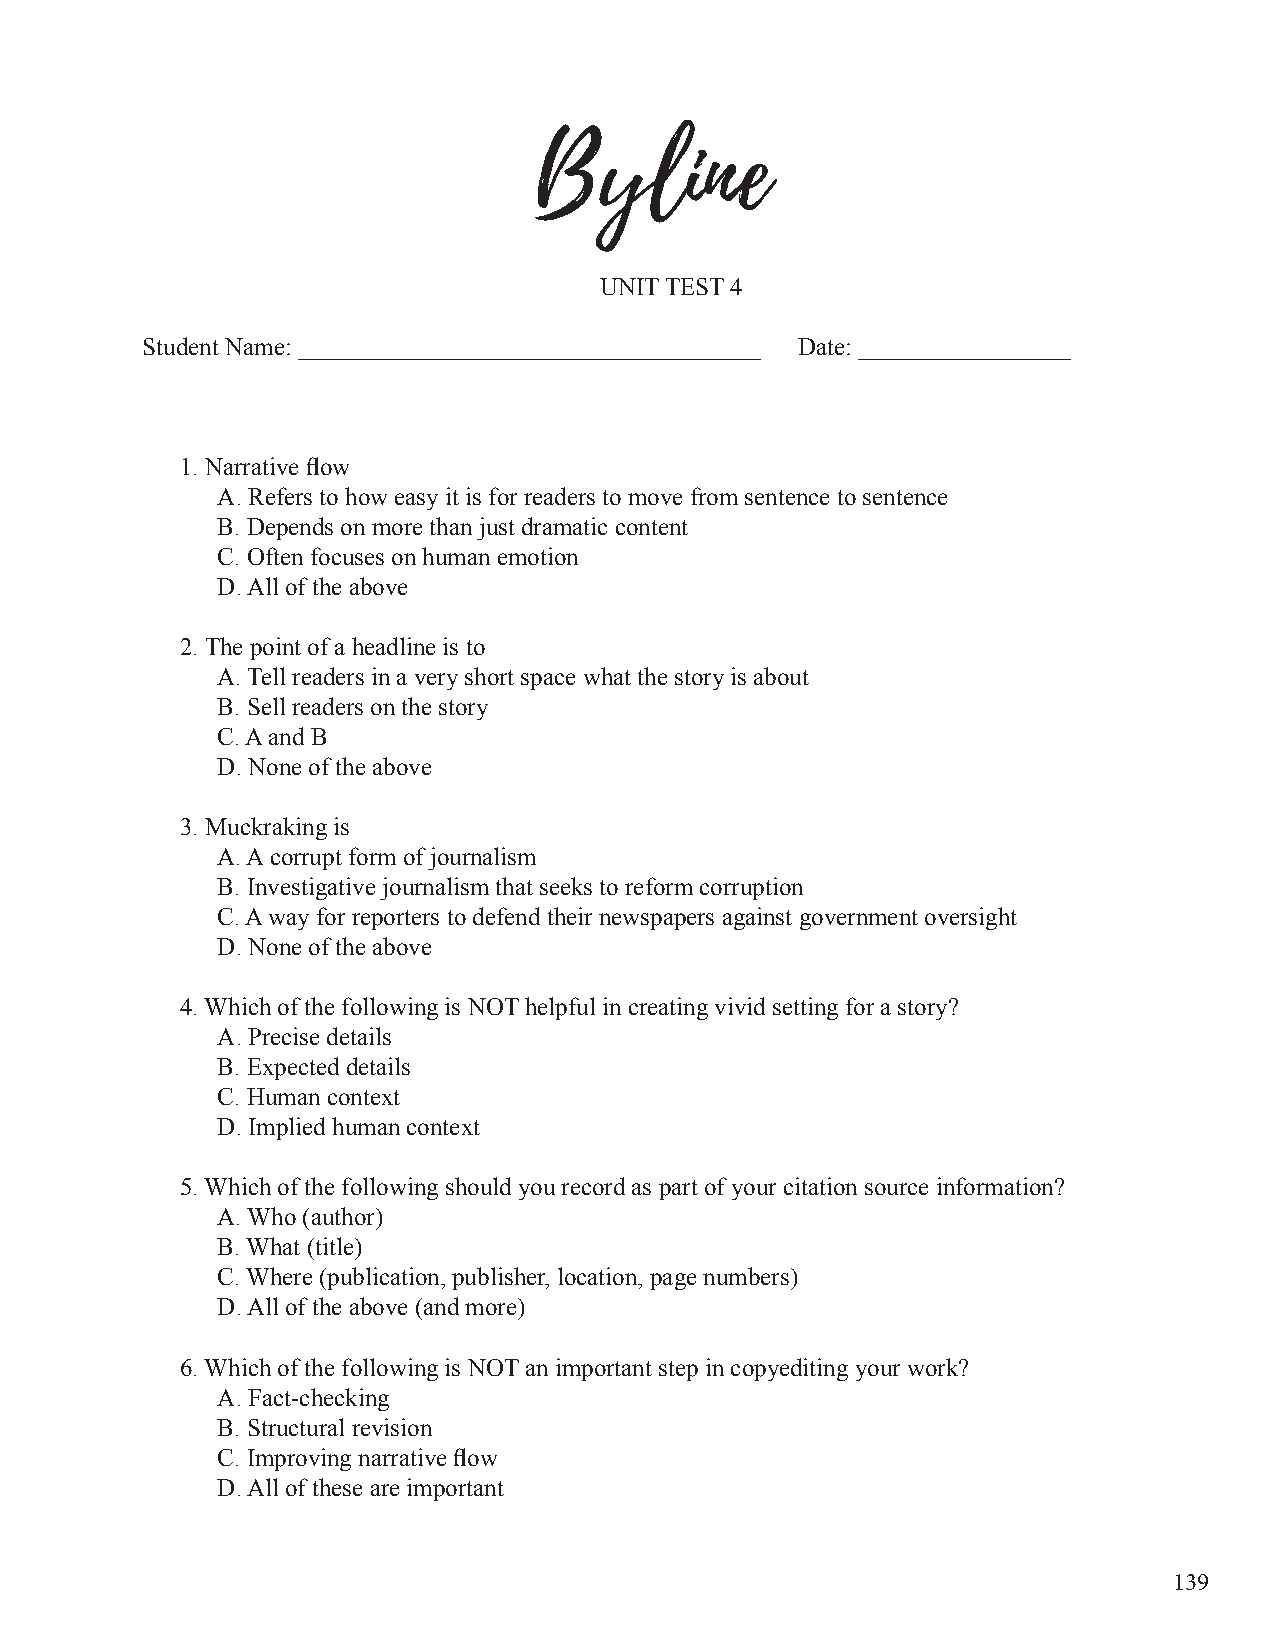
Byline
 UNIT TEST 4
 Student Name: _____________________________________ Date: _________________
 1. Narrative flow
 A. Refers to how easy it is for readers to move from sentence to sentence
 B. Depends on more than just dramatic content
 C. Often focuses on human emotion
 D. All of the above
 2. The point of a headline is to
 A. Tell readers in a very short space what the story is about
 B. Sell readers on the story
 C. A and B
 D. None of the above
 3. Muckraking is
 A. A corrupt form of journalism
 B. Investigative journalism that seeks to reform corruption
 C. A way for reporters to defend their newspapers against government oversight
 D. None of the above
 4. Which of the following is NOT helpful in creating vivid setting for a story?
 A. Precise details
 B. Expected details
 C. Human context
 D. Implied human context
 5. Which of the following should you record as part of your citation source information?
 A. Who (author)
 B. What (title)
 C. Where (publication, publisher, location, page numbers)
 D. All of the above (and more)
 6. Which of the following is NOT an important step in copyediting your work?
 A. Fact-checking
 B. Structural revision
 C. Improving narrative flow
 D. All of these are important
 139